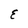
Character: E